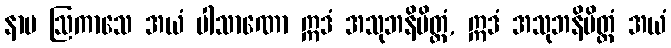
နာမ ဩကာသေ အယံ ပါသာဏော ဣဒံ အသုဘနိမိတ္တံ, ဣဒံ အသုဘနိမိတ္တံ အယံ